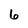
Character: 6